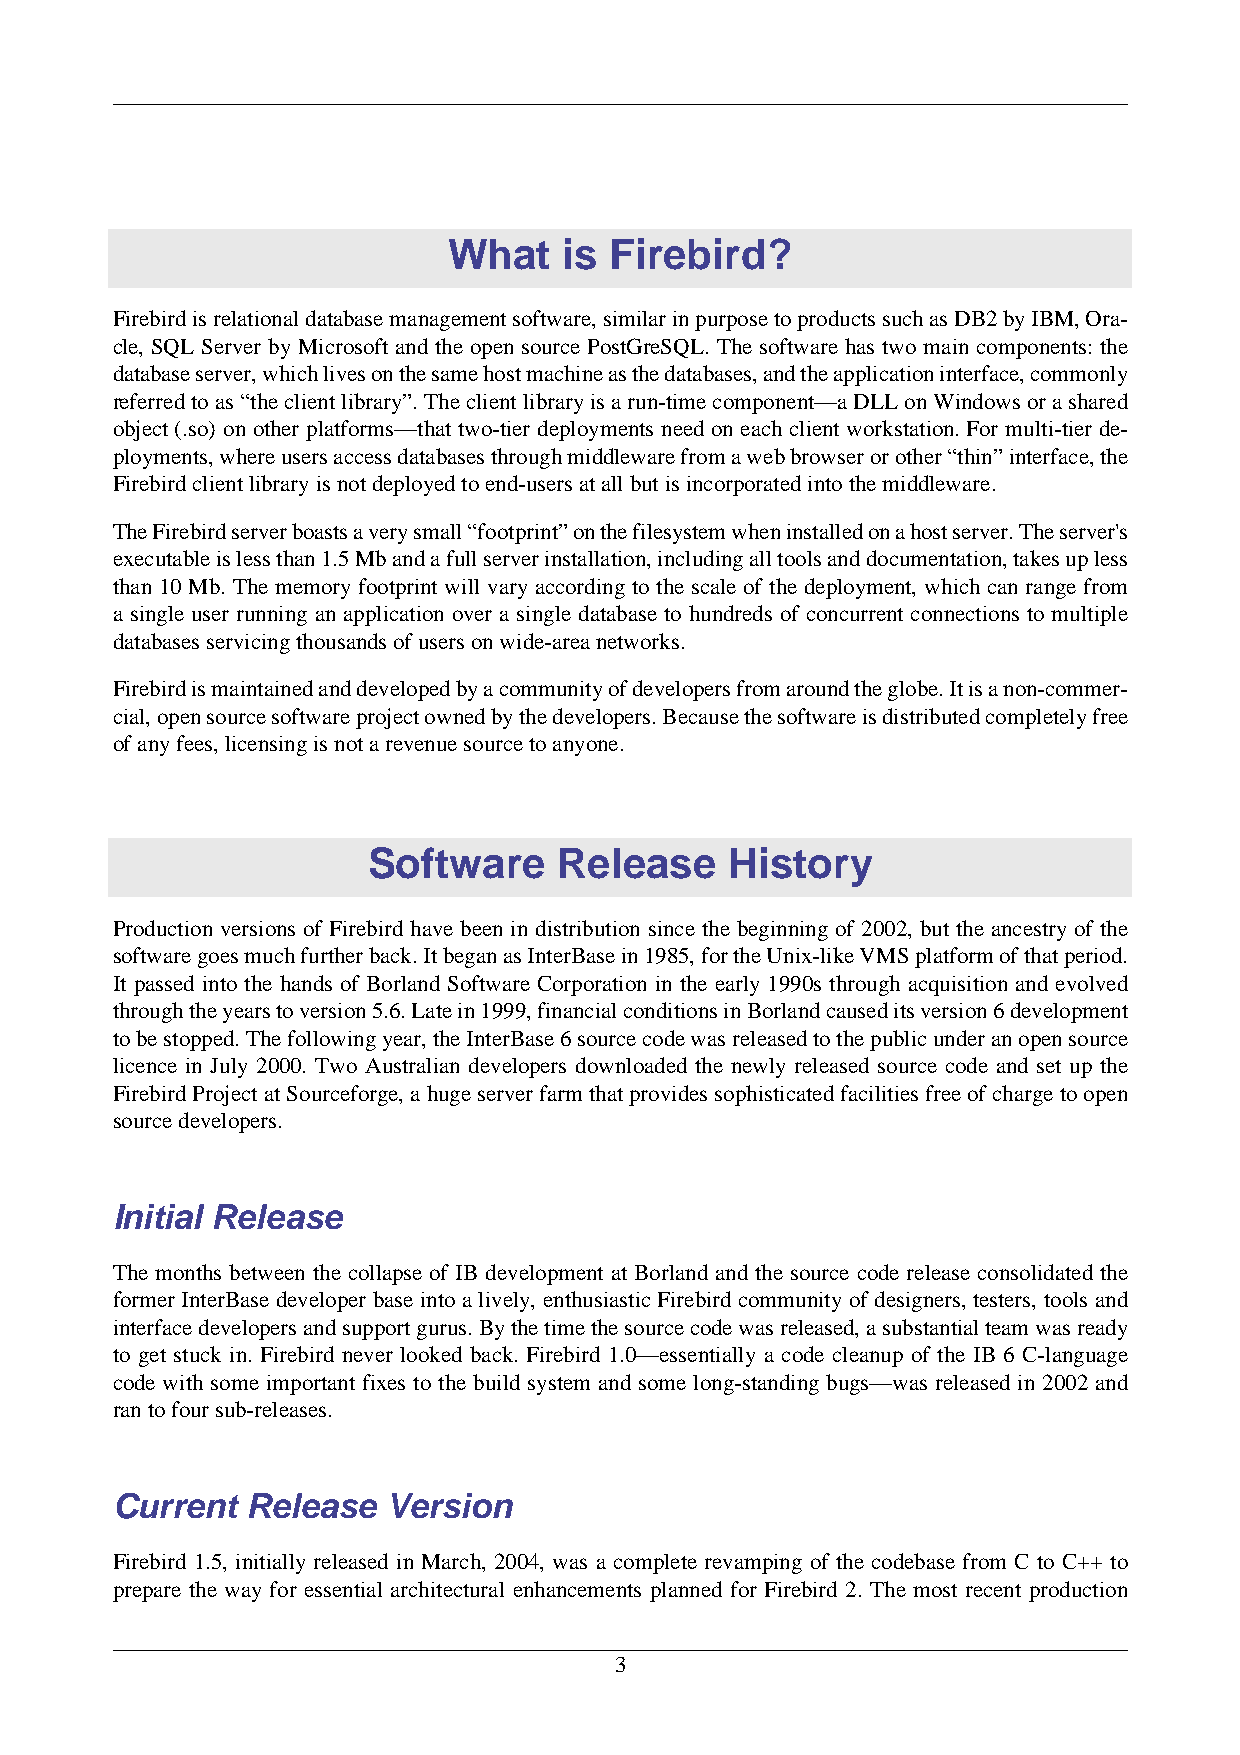
What   is Firebird?
 Firebird is relational database management software, similar in purpose to products such as DB2 by IBM, Ora-
 cle, SQL Server by Microsoft and the open source PostGreSQL. The software has two main components: the
 database server, which lives on the same host machine as the databases, and the application interface, commonly
 referred to as “the client library”. The client library is a run-time component—a DLL on Windows or a shared
 object (.so) on other platforms—that two-tier deployments need on each client workstation. For multi-tier de-
 ployments, where users access databases through middleware from a web browser or other “thin” interface, the
 Firebird client library is not deployed to end-users at all but is incorporated into the middleware.
 The Firebird server boasts a very small “footprint” on the filesystem when installed on a host server. The server's
 executable is less than 1.5 Mb and a full server installation, including all tools and documentation, takes up less
 than 10 Mb. The memory footprint will vary according to the scale of the deployment, which can range from
 a single user running an application over a single database to hundreds of concurrent connections to multiple
 databases servicing thousands of users on wide-area networks.
 Firebird is maintained and developed by a community of developers from around the globe. It is a non-commer-
 cial, open source software project owned by the developers. Because the software is distributed completely free
 of any fees, licensing is not a revenue source to anyone.
 Software     Release    History
 Production versions of Firebird have been in distribution since the beginning of 2002, but the ancestry of the
 software goes much further back. It began as InterBase in 1985, for the Unix-like VMS platform of that period.
 It passed into the hands of Borland Software Corporation in the early 1990s through acquisition and evolved
 through the years to version 5.6. Late in 1999, financial conditions in Borland caused its version 6 development
 to be stopped. The following year, the InterBase 6 source code was released to the public under an open source
 licence in July 2000. Two Australian developers downloaded the newly released source code and set up the
 Firebird Project at Sourceforge, a huge server farm that provides sophisticated facilities free of charge to open
 source developers.
 Initial Release
 The months between the collapse of IB development at Borland and the source code release consolidated the
 former InterBase developer base into a lively, enthusiastic Firebird community of designers, testers, tools and
 interface developers and support gurus. By the time the source code was released, a substantial team was ready
 to get stuck in. Firebird never looked back. Firebird 1.0—essentially a code cleanup of the IB 6 C-language
 code with some important fixes to the build system and some long-standing bugs—was released in 2002 and
 ran to four sub-releases.
 Current  Release   Version
 Firebird 1.5, initially released in March, 2004, was a complete revamping of the codebase from C to C++ to
 prepare the way for essential architectural enhancements planned for Firebird 2. The most recent production
 3